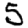
Digit: 5